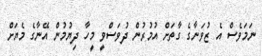
ނަމަވެސް އެ ޒުވަނާގެ ގާތަށް އުމުރުން ދުވަސްވީ މީހާ ދިޔުމުން އޭނާގެ މެޔަށް